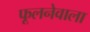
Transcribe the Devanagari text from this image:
फूलनेवाला